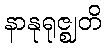
နာနုရုဇ္ဈတိ